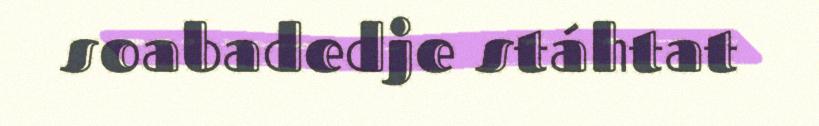
soabadedje stáhtat